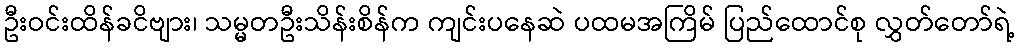
ဦးဝင်းထိန်ခငိဗျား၊ သမ္မတဦးသိန်းစိန်က ကျင်းပနေဆဲ ပထမအကြိမ် ပြည်ထောင်စု လွှတ်တော်ရဲ့